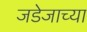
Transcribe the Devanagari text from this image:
जडेजाच्या